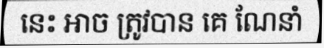
នេះ អាច ត្រូវបាន គេ ណែនាំ